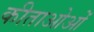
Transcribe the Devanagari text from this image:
कीताओओं